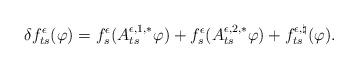
LaTeX: \begin{align*}\delta f^\epsilon_{ts}(\varphi) = f^\epsilon_s (A^{\epsilon,1,*}_{ts}\varphi) + f^\epsilon_s( A^{\epsilon,2,*}_{ts} \varphi) + f^{\epsilon,\natural}_{ts}(\varphi).\end{align*}